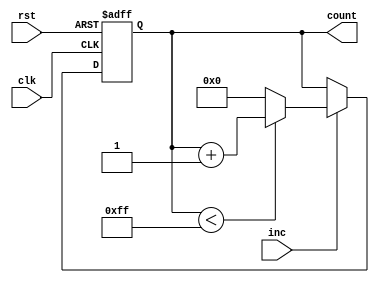
module IncrementalCounter #(
    parameter INITIAL_VALUE = 0, // Initial count value
    parameter MAX_VALUE = 255,    // Maximum count value (8-bit in this example)
    parameter WIDTH = 8           // Bit width of the counter
)(
    input wire clk,               // Clock signal
    input wire rst,               // Reset signal (active high)
    input wire inc,               // Increment trigger signal
    output reg [WIDTH-1:0] count  // Current count value
);

    // Internal logic for the counter
    always @(posedge clk or posedge rst) begin
        if (rst) begin
            // Reset to the initial value
            count <= INITIAL_VALUE;
        end else if (inc) begin
            // Increment the count, wrap around if it exceeds MAX_VALUE
            if (count < MAX_VALUE) begin
                count <= count + 1;
            end else begin
                count <= 0; // Wrap around to zero if max value is reached
            end
        end
    end

endmodule